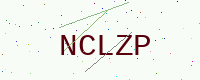
Text: NCLZP